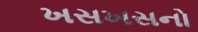
ખસખસનો